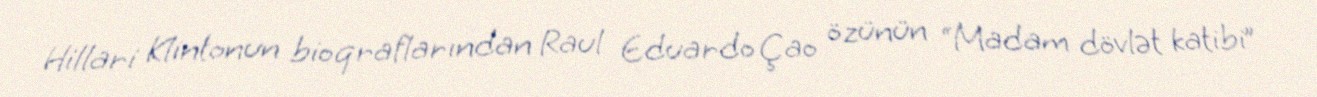
Hillari Klintonun bioqraflarından Raul Eduardo Çao özünün “Madam dövlət katibi”